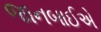
જાનબાઈએ